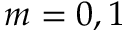
m = 0 , 1